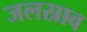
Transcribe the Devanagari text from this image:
जलस्राव